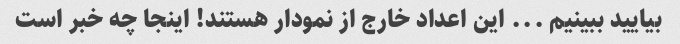
بیایید ببینیم ... این اعداد خارج از نمودار هستند! اینجا چه خبر است